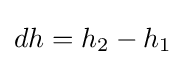
dh=h_{2}-h_{1}